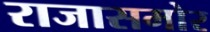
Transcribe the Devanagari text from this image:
राजासमोर